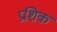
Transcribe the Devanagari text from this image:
प्रशिक